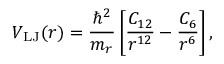
V _ { \mathrm { L J } } ( r ) = \frac { \hbar ^ { 2 } } { m _ { r } } \left[ \frac { C _ { 1 2 } } { r ^ { 1 2 } } - \frac { C _ { 6 } } { r ^ { 6 } } \right] ,